Scottish Leaving Certificate Examination, 1960
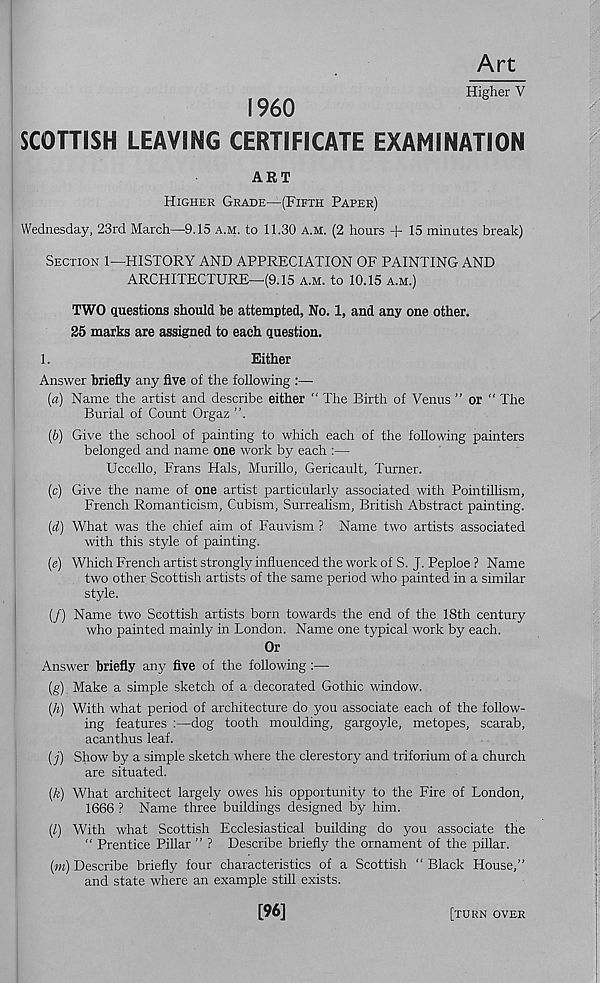
Art
Higher V
I960
SCOTTISH LEAVING CERTIFICATE EXAMINATION
ART
Higher Grade—(Fifth Paper)
Wednesday, 23rd March—9.15 a.m. to 11.30 a.m. (2 hours + 15 minutes break)
Section 1—HISTORY AND APPRECIATION OF PAINTING AND
ARCHITECTURE—(9.15 a.m. to 10.15 a.m.)
TWO questions should be attempted, No. 1, and any one other.
25 marks are assigned to each question.
1.
Either
Answer briefly any five of the following :—
(a) Name the artist and describe either “ The Birth of Venus ” or “ The
Burial of Count Orgaz ”.
(b) Give the school of painting to which each of the following painters
belonged and name one work by each :—
Uccello, Frans Hals, Murillo, Gericault, Turner.
(c) Give the name of one artist particularly associated with Pointillism,
French Romanticism, Cubism, Surrealism, British Abstract painting.
(d) What was the chief aim of Fauvism ? Name two artists associated
with this style of painting.
(e) Which French artist strongly influenced the work of S. J. Peploe ? Name
two other Scottish artists of the same period who painted in a similar
style.
(/) Name two Scottish artists born towards the end of the 18th century
who painted mainly in London. Name one typical work by each.
Or
Answer briefly any five of the following:—
(g)
. Make a simple sketch of a decorated Gothic window.
(h) With what period of architecture do you associate each of the follow-
ing features :—dog tooth moulding, gargoyle, metopes, scarab,
acanthus leaf.
(j) Show by a simple sketch where the clerestory and triforium of a church
are situated.
(k) What architect largely owes his opportunity to the Fire of London,
1666 ? Name three buildings designed by him.
(l) With what Scottish Ecclesiastical building do you associate the
“ Prentice Pillar ” ? Describe briefly the ornament of the pillar.
(m) Describe briefly four characteristics of a Scottish “ Black House,”
and state where an example still exists.
[96]
[turn over